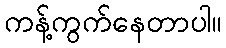
ကန့်ကွက်နေတာပါ။